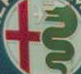
+3